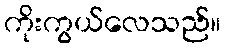
ကိုးကွယ်လေသည်။